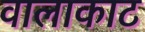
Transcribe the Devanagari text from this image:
वालाकाट